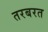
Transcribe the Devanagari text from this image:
तरबरत